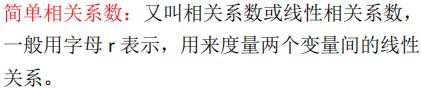
简单相关系数：又叫相关系数或线性相关系数，一般用字母$r$表示，用来度量两个变量间的线性关系。